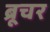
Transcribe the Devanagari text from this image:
ब्रूचर